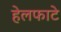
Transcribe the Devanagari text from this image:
हेलफाटे